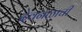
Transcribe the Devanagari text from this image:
देवनळाची